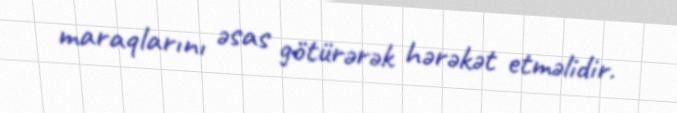
maraqlarını əsas götürərək hərəkət etməlidir.